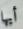
أيها